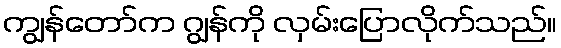
ကျွန်တော်က ဂျွန်ကို လှမ်းပြောလိုက်သည်။